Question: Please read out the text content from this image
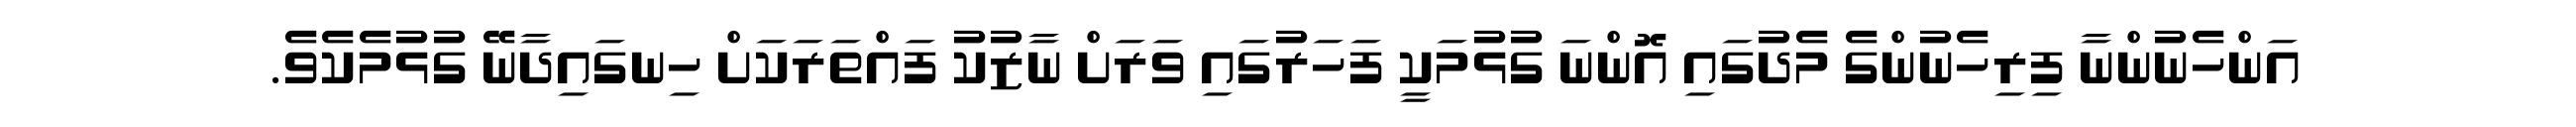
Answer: އަންހެނުންނާ ފިރިހެނުންގެ މެދުގައި އޮންނަ ގުޅުމަކީ ފަހަރުގައި ވަރަށް ނާޒުކު ފައްތަރަކަށް ހިނގައިދާނޭ ގުޅުމެކެވެ.